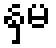
နှမ